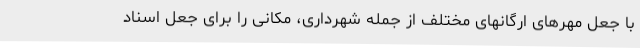
با جعل مهرهای ارگانهای مختلف از جمله شهرداری، مکانی را برای جعل اسناد